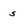
Character: s